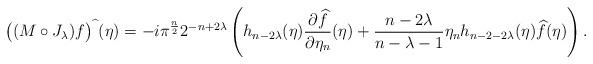
LaTeX: \begin{align*}\big((M\circ J_\lambda) f\big)^{\widehat{\ }}(\eta) = -i \pi^{\frac{n}{2}} 2^{-n+2\lambda} \left(h_{n-2\lambda} (\eta)\frac{\partial \widehat f}{\partial \eta_n}(\eta)+ \frac{n-2\lambda}{n-\lambda-1} \eta_n h_{n-2-2\lambda}(\eta)\widehat f(\eta)\right).\!\!\!\!\end{align*}